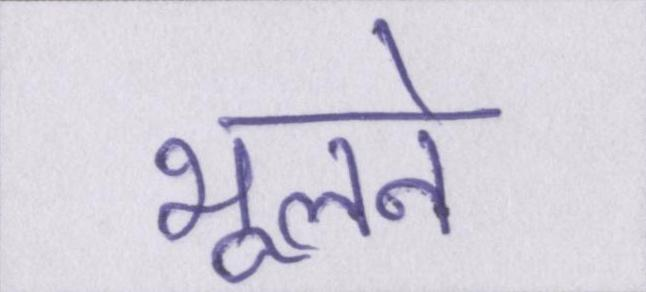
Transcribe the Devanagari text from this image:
भूलने